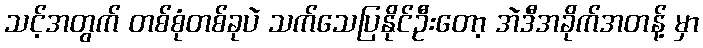
သင့်အတွက် တစ်စုံတစ်ခုပဲ သက်သေပြနိုင်ဦးတော့ အဲဒီအခိုက်အတန့် မှာ